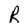
Character: R